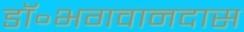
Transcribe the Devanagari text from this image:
डॉ॰भगवानदास